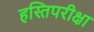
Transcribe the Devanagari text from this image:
हस्तिपरीक्षा